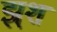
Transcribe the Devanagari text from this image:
झ्र्श